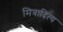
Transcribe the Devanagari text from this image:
मित्रादित्य